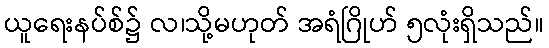
ယူရေးနပ်စ်၌ လ၊သို့မဟုတ် အရံဂြိုဟ် ၅လုံးရှိသည်။